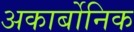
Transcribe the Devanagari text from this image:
अकार्बोनिक